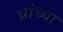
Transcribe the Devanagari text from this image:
ध्रांच्या